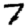
Digit: 7